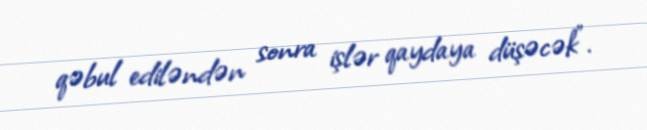
qəbul ediləndən sonra işlər qaydaya düşəcək”.